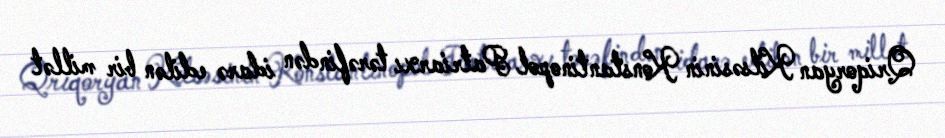
Qriqoryan Kilsəsinin Konstantinopol Patriarxı tərəfindən idarə edilən bir millət